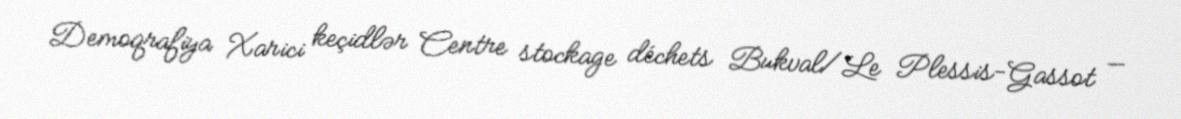
Demoqrafiya Xarici keçidlər Centre stockage déchets Bukval/Le Plessis-Gassot —